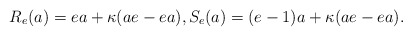
\begin{align*}R_e(a) = ea + \kappa (ae -ea), S_e(a) = (e-1)a+ \kappa (ae -ea).\end{align*}